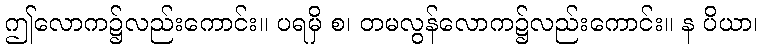
ဤလောက၌လည်းကောင်း။ ပရမှိ စ၊ တမလွန်လောက၌လည်းကောင်း။ န ပိယာ၊